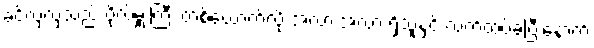
ခင်လှလှသည် ဗိုလ်မှူးကြီး တစ်ယောက်လို အလားအလာ ရှိသူနှင့် လက်ထပ်ခဲ့ပြီးနောက်